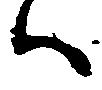
ハ